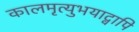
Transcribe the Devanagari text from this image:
कालमृत्युभयाद्वापि